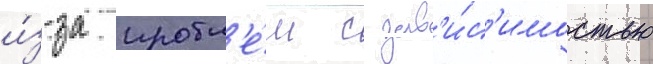
и́з-за пробл'е́м с зав'и́с'имостью